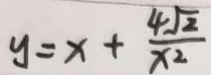
y = x + \frac { 4 \sqrt { 2 } } { x ^ { 2 } }